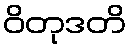
ဝိတုဒတိ